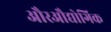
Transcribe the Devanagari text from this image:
औरऔद्योगिक